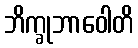
ဘိက္ခုဘာဝေါတိ